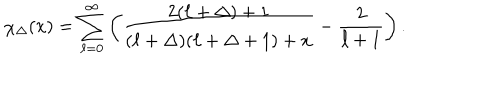
\chi _ { \Delta } ( x ) = \sum _ { \ell = 0 } ^ { \infty } \left( \frac { 2 ( \ell + \Delta ) + 1 } { ( \ell + \Delta ) ( \ell + \Delta + 1 ) + x } - \frac { 2 } { \ell + 1 } \right) .